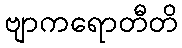
ဗျာကရောတီတိ